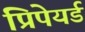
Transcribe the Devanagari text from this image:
प्रिपेयर्ड